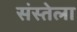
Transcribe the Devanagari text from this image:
संस्तेला